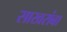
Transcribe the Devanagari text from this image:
साखरांबा